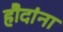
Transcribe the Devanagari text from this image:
हौदांना